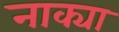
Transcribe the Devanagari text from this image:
नाक्या